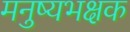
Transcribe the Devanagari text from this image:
मनुष्यभक्षक